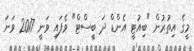
މީގެ އިތުރުން "ބިއުޓީ އެންޑް ދަ ބީސްޓް" ވެފައި ވަނީ 2017 ވަނަ